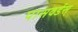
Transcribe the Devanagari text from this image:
पासवर्डस्